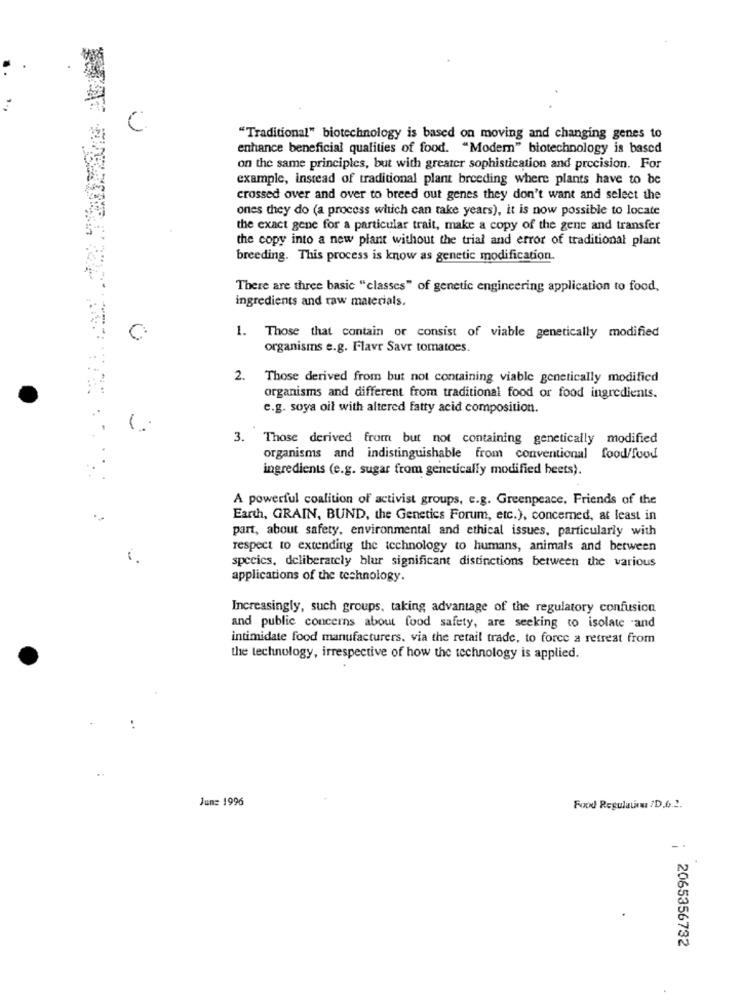
"Traditional" biotechnology is based on moving and changing genes to
enhance beneficial qualities of food. "Modern" biotechnology is based
on the same principles, but with greater sophistication and precision. For
example, instead of traditional plant breeding where plants have to be
crossed over and over to breed out genes they don't want and select the
ones they do (a process which can take years), it is now possible to locate
the exact gene for a particular trait, make a copy of the gene and transfer
the copy into a new plant without the trial and error of traditional plant
breeding. This process is know as genetic modification.
There are three basic "classes" of genetic engineering application to food,
ingredients and raw materials.
C
1. Those that contain or consist of viable genetically modified
organisms e.g. Flavr Savr tomatoes.
. Those derived from but not containing viable genetically modified
organisms and different from traditional food or food ingredients.
e.g. soya oil with altered fatty acid composition.
-
3. Those derived from but not containing genetically modified
organisms and indistinguishable from conventional food/food
ingredients (e.g. sugar from genetically modified heets).
A powerful coalition of activist groups, e.g. Greenpeace. Friends of the
Earth, GRAIN, BUND, the Genetics Forum, etc.), concerned, at least in
part, about safety, environmental and ethical issues, particularly with
respect to extending the technology to humans, animals and between
species, deliberately blur significant distinctions between the various
applications of the technology.
Increasingly, such groups, taking advantage of the regulatory confusion
and public concerns about food safety, are seeking to isolate and
intimidate food manufacturers, via the retail trade, to force a retreat from
the technology, irrespective of how the technology is applied.
Jun: 1996
Fuizod Regulatin /D.6.2.
2065356732